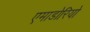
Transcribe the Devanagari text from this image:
एमाडोरियो